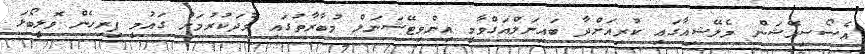
އެސޯސިއޭޝަން މެލޭޝިއާގައި ކުރިއަށްދާ ބައިނަލްއަގްވާމީ އިންވިޓޭޝަނަލް މުބާރާތުގައި ވާދަކުރުމަށް ގައުމީ ފިރިހެން ވޮލީބޯޅަ